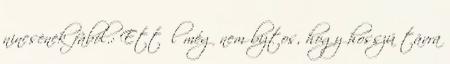
nincsenek fából.: Ettől még nem biztos, hogy hosszú távra